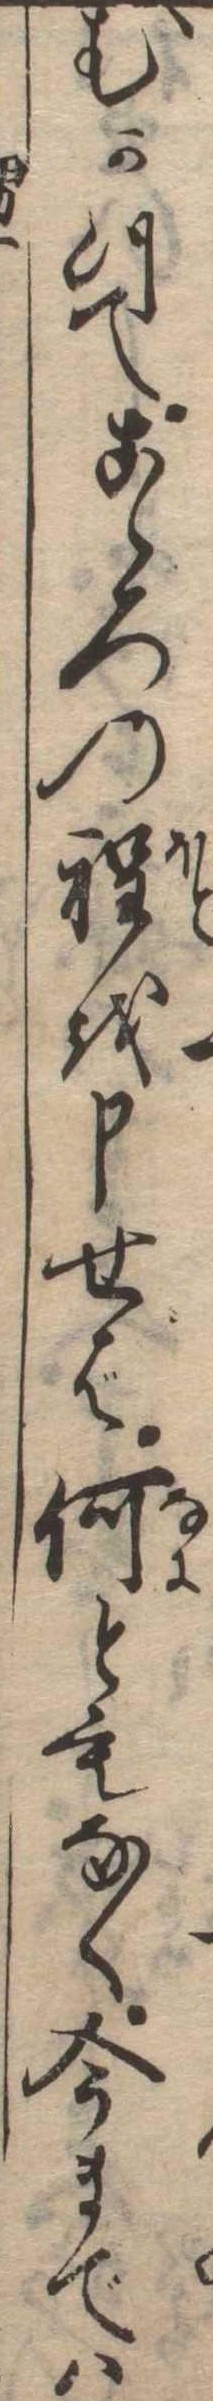
むかつてこゝろの程を申せば何ともなく今までは